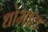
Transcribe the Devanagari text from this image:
धोमाल